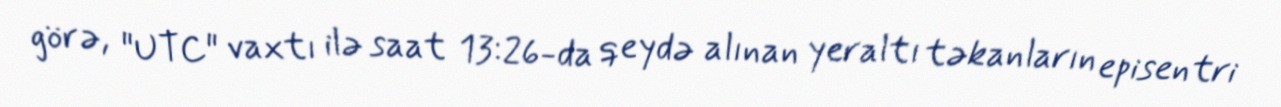
görə, "UTC" vaxtı ilə saat 13:26-da qeydə alınan yeraltı təkanların episentri